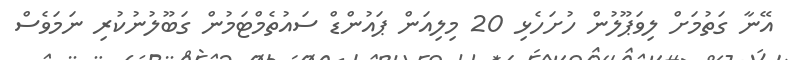
އޭނާ ގަތުމަށް ލިވަޕޫލުން ހުށަހެޅި 20 މިލިއަން ޕައުންޑް ސައުތެމްޓަމުން ގަބޫލުނުކުރި ނަމަވެސް